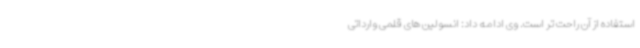
استفاده از آن راحت تر است. وی ادامه داد: انسولین های قلمی وارداتی